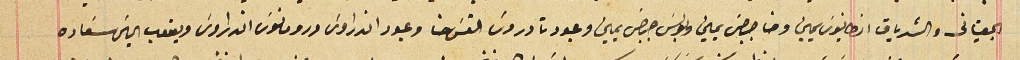
الجعيتانى والشدياق انطانوسَ يمين وحنا جرجسَ يمين وبولسَ جرجسَ يمين وعبود تادروس القسَ حنا وعبود اندراوسَ ورومانوس اندراوسَ ويعقوب الياسَ سَعاده